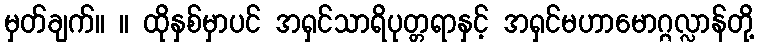
မှတ်ချက်။ ။ ထိုနှစ်မှာပင် အရှင်သာရိပုတ္တရာနှင့် အရှင်မဟာမောဂ္ဂလ္လာန်တို့